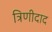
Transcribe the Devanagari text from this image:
त्रिणीदाद